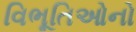
વિભૂતિઓનો